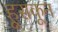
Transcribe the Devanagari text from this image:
हूसकून